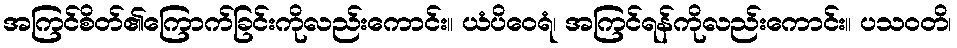
အကြင်စိတ်၏ကြောက်ခြင်းကိုလည်းကောင်း။ ယံပိဝေရံ၊ အကြင်ရန်ကိုလည်းကောင်း။ ပသဝတိ၊